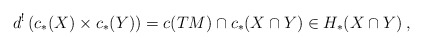
\begin{align*} d^!\left( c_*(X) \times c_*(Y) \right) = c(TM)\cap c_*(X\cap Y) \in H_*(X\cap Y)\:, \end{align*}